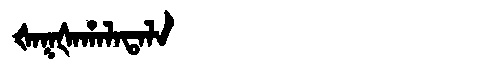
Manchu: ᡧᠠᡴᡧᠠᡥᠠᠯᠠᡨᠠᠯᠠ
Romanization: ŠAKŠAHALATALA